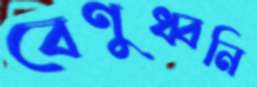
বেণুধ্বনি